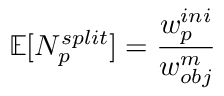
\mathbb { E } [ N _ { p } ^ { s p l i t } ] = \frac { w _ { p } ^ { i n i } } { w _ { o b j } ^ { m } }